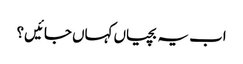
اب یہ بچیاں کہاں جائیں؟